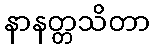
နာနတ္တသိတာ